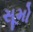
સૂમો